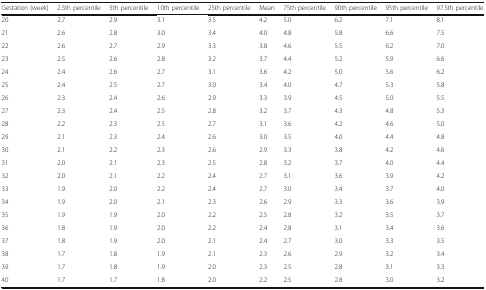
<table><thead><tr><td><b>Gestation (week)</b></td><td><b>2.5th percentile</b></td><td><b>5th percentile</b></td><td><b>10th percentile</b></td><td><b>25th percentile</b></td><td><b>Mean</b></td><td><b>75th percentile</b></td><td><b>90th percentile</b></td><td><b>95th percentile</b></td><td><b>97.5th percentile</b></td></tr></thead><tbody><tr><td>20</td><td>2.7</td><td>2.9</td><td>3.1</td><td>3.5</td><td>4.2</td><td>5.0</td><td>6.2</td><td>7.1</td><td>8.1</td></tr><tr><td>21</td><td>2.6</td><td>2.8</td><td>3.0</td><td>3.4</td><td>4.0</td><td>4.8</td><td>5.8</td><td>6.6</td><td>7.5</td></tr><tr><td>22</td><td>2.6</td><td>2.7</td><td>2.9</td><td>3.3</td><td>3.8</td><td>4.6</td><td>5.5</td><td>6.2</td><td>7.0</td></tr><tr><td>23</td><td>2.5</td><td>2.6</td><td>2.8</td><td>3.2</td><td>3.7</td><td>4.4</td><td>5.2</td><td>5.9</td><td>6.6</td></tr><tr><td>24</td><td>2.4</td><td>2.6</td><td>2.7</td><td>3.1</td><td>3.6</td><td>4.2</td><td>5.0</td><td>5.6</td><td>6.2</td></tr><tr><td>25</td><td>2.4</td><td>2.5</td><td>2.7</td><td>3.0</td><td>3.4</td><td>4.0</td><td>4.7</td><td>5.3</td><td>5.8</td></tr><tr><td>26</td><td>2.3</td><td>2.4</td><td>2.6</td><td>2.9</td><td>3.3</td><td>3.9</td><td>4.5</td><td>5.0</td><td>5.5</td></tr><tr><td>27</td><td>2.3</td><td>2.4</td><td>2.5</td><td>2.8</td><td>3.2</td><td>3.7</td><td>4.3</td><td>4.8</td><td>5.3</td></tr><tr><td>28</td><td>2.2</td><td>2.3</td><td>2.5</td><td>2.7</td><td>3.1</td><td>3.6</td><td>4.2</td><td>4.6</td><td>5.0</td></tr><tr><td>29</td><td>2.1</td><td>2.3</td><td>2.4</td><td>2.6</td><td>3.0</td><td>3.5</td><td>4.0</td><td>4.4</td><td>4.8</td></tr><tr><td>30</td><td>2.1</td><td>2.2</td><td>2.3</td><td>2.6</td><td>2.9</td><td>3.3</td><td>3.8</td><td>4.2</td><td>4.6</td></tr><tr><td>31</td><td>2.0</td><td>2.1</td><td>2.3</td><td>2.5</td><td>2.8</td><td>3.2</td><td>3.7</td><td>4.0</td><td>4.4</td></tr><tr><td>32</td><td>2.0</td><td>2.1</td><td>2.2</td><td>2.4</td><td>2.7</td><td>3.1</td><td>3.6</td><td>3.9</td><td>4.2</td></tr><tr><td>33</td><td>1.9</td><td>2.0</td><td>2.2</td><td>2.4</td><td>2.7</td><td>3.0</td><td>3.4</td><td>3.7</td><td>4.0</td></tr><tr><td>34</td><td>1.9</td><td>2.0</td><td>2.1</td><td>2.3</td><td>2.6</td><td>2.9</td><td>3.3</td><td>3.6</td><td>3.9</td></tr><tr><td>35</td><td>1.9</td><td>1.9</td><td>2.0</td><td>2.2</td><td>2.5</td><td>2.8</td><td>3.2</td><td>3.5</td><td>3.7</td></tr><tr><td>36</td><td>1.8</td><td>1.9</td><td>2.0</td><td>2.2</td><td>2.4</td><td>2.8</td><td>3.1</td><td>3.4</td><td>3.6</td></tr><tr><td>37</td><td>1.8</td><td>1.9</td><td>2.0</td><td>2.1</td><td>2.4</td><td>2.7</td><td>3.0</td><td>3.3</td><td>3.5</td></tr><tr><td>38</td><td>1.7</td><td>1.8</td><td>1.9</td><td>2.1</td><td>2.3</td><td>2.6</td><td>2.9</td><td>3.2</td><td>3.4</td></tr><tr><td>39</td><td>1.7</td><td>1.8</td><td>1.9</td><td>2.0</td><td>2.3</td><td>2.5</td><td>2.8</td><td>3.1</td><td>3.3</td></tr><tr><td>40</td><td>1.7</td><td>1.7</td><td>1.8</td><td>2.0</td><td>2.2</td><td>2.5</td><td>2.8</td><td>3.0</td><td>3.2</td></tr></tbody></table>